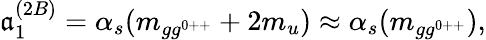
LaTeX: \mathfrak{a}_{1}^{(2B)}=\alpha_{s}(m_{gg^{0++}}+2m_{u})\approx\alpha_{s}(m_{gg^{0++}}),